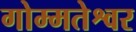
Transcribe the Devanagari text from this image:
गोम्मतेश्वर